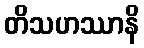
တိသဟဿာနိ